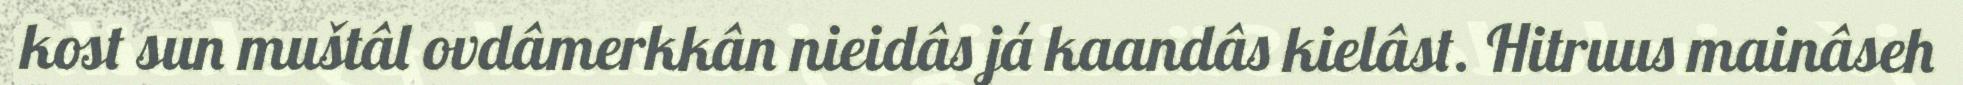
kost sun muštâl ovdâmerkkân nieidâs já kaandâs kielâst. Hitruus mainâseh